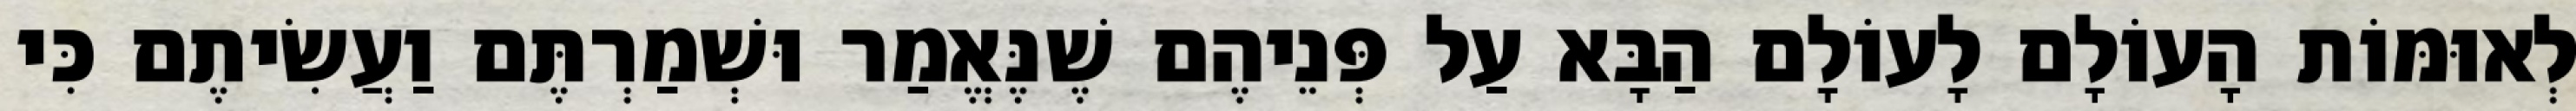
לְאוּמּוֹת הָעוֹלָם לָעוֹלָם הַבָּא עַל פְּנֵיהֶם שֶׁנֶּאֱמַר וּשְׁמַרְתֶּם וַעֲשִׂיתֶם כִּי